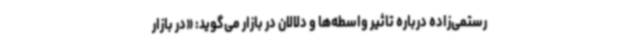
رستمی‌زاده درباره تاثیر واسطه‌ها و دلالان در بازار می‌گوید: «در بازار